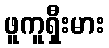
ဖူကူရှီးမား